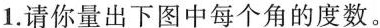
1.请你量出下图中每个角的度数。